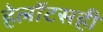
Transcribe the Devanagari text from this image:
हेलॉटसही